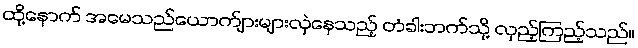
ထို့နောက် အမေသည်ယောက်ျားများလှဲနေသည့် တံခါးဘက်သို့ လှည့်ကြည့်သည်။